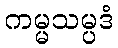
ကမ္မသမ္ပဒံ